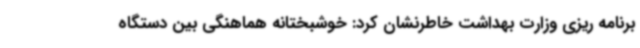
برنامه ریزی وزارت بهداشت خاطرنشان کرد: خوشبختانه هماهنگی بین دستگاه